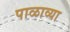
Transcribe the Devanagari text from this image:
पाळाव्या